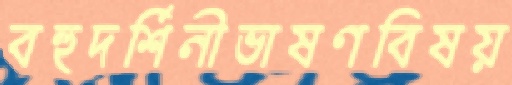
বহুদর্শিনীভাষণবিষয়